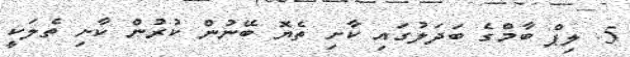
5. ލިޕް ބާމްގެ ބަދަލުގައި ކާށި ތެޔޮ ބޭނުން ކުރުން ކާށި ތެލަކީ